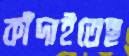
কাঁদাইতেছ